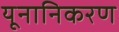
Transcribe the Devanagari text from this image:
यूनानिकरण